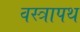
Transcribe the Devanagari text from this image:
वस्त्रापथ